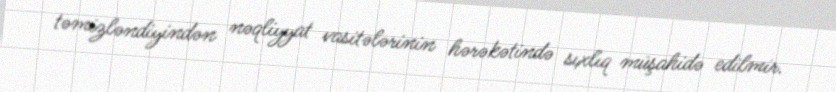
təmizləndiyindən nəqliyyat vasitələrinin hərəkətində sıxlıq müşahidə edilmir.